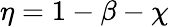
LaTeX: \eta=1-\beta-\chi